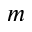
m